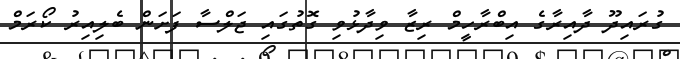
ގުރައިދޫ ދާއިރާގެ އިބްރާހީމް ރިޒާ ވިދާޅުވި ގޮތުގައި ޖަލްސާ ފަށަން ބެލިއިރު ކޯރަމް